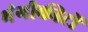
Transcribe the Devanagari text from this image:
भंगीकीटों